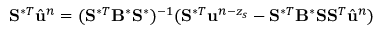
\mathbf { S } ^ { \ast T } \hat { \ensuremath { \mathbf { u } } } ^ { n } = ( \mathbf { S } ^ { \ast T } \mathbf { B } ^ { \ast } \mathbf { S } ^ { \ast } ) ^ { - 1 } ( \mathbf { S } ^ { \ast T } \ensuremath { \mathbf { u } } ^ { n - z _ { s } } - \mathbf { S } ^ { \ast T } \mathbf { B } ^ { \ast } \mathbf { S } \mathbf { S } ^ { T } \hat { \ensuremath { \mathbf { u } } } ^ { n } )